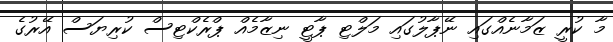
މާ ކުރީ ޒަމާނެއްގައި ނޭޕާލުގައި މަލްޓި ޕާޓީ ނިޒާމެއް ޕްރެކްޓިސް ކުރިޔަސް އޭރުގެ